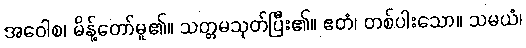
အဝေါစ၊ မိန့်တော်မူ၏။ သတ္တမသုတ်ပြီး၏။ ဧတံ၊ တစ်ပါးသော။ သမယံ၊